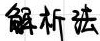
\textbf{解析法}